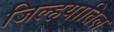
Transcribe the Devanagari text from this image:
जिल्हयातिल